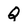
Character: Q